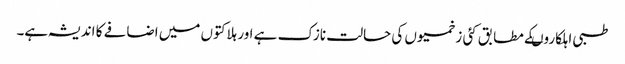
طبی اہلکاروںکے مطابق کئی زخمیوں کی حالت نازک ہے اور ہلاکتوں میں اضافے کا اندیشہ ہے۔